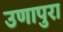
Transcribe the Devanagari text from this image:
उणापुरा